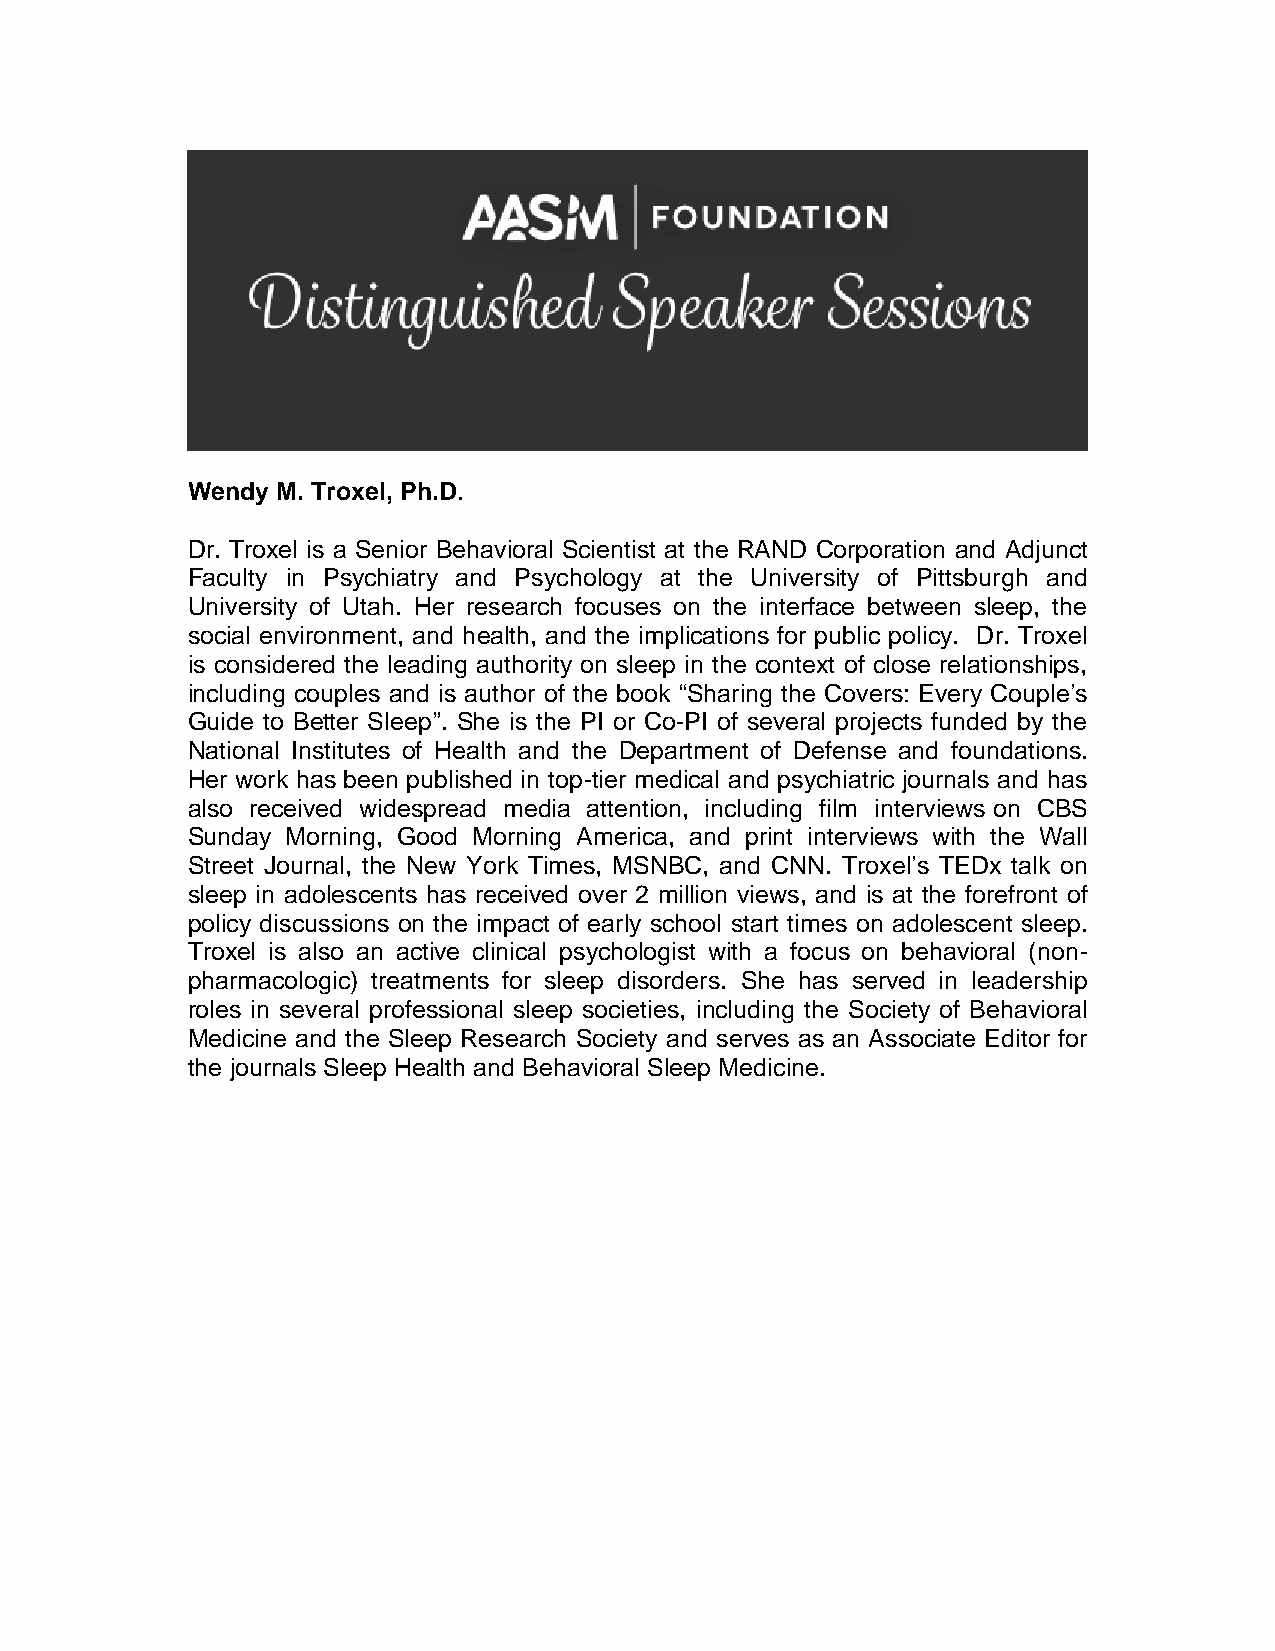
Wendy M. Troxel, Ph.D.
 Dr. Troxel is a Senior Behavioral Scientist at the RAND Corporation and Adjunct
 Faculty in Psychiatry and Psychology at the University of Pittsburgh and
 University of Utah. Her research focuses on the interface between sleep, the
 social environment, and health, and the implications for public policy. Dr. Troxel
 is considered the leading authority on sleep in the context of close relationships,
 including couples and is author of the book “Sharing the Covers: Every Couple’s
 Guide to Better Sleep”. She is the PI or Co-PI of several projects funded by the
 National Institutes of Health and the Department of Defense and foundations.
 Her work has been published in top-tier medical and psychiatric journals and has
 also received widespread media attention, including film interviews on CBS
 Sunday Morning, Good Morning America, and print interviews with the Wall
 Street Journal, the New York Times, MSNBC, and CNN. Troxel’s TEDx talk on
 sleep in adolescents has received over 2 million views, and is at the forefront of
 policy discussions on the impact of early school start times on adolescent sleep.
 Troxel is also an active clinical psychologist with a focus on behavioral (non-
 pharmacologic) treatments for sleep disorders. She has served in leadership
 roles in several professional sleep societies, including the Society of Behavioral
 Medicine and the Sleep Research Society and serves as an Associate Editor for
 the journals Sleep Health and Behavioral Sleep Medicine.